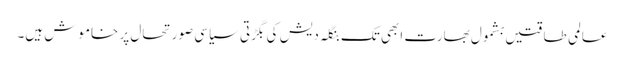
عالمی طاقتیں بشمول بھارت ابھی تک بنگلہ دیش کی بگڑتی سیاسی صورتحال پر خاموش ہیں۔